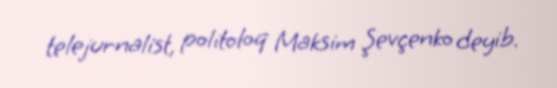
telejurnalist, politoloq Maksim Şevçenko deyib.